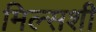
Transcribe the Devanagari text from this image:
मिल्सशी